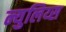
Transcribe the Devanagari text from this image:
न्युलिय्स